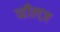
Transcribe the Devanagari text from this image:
व्हीलज़